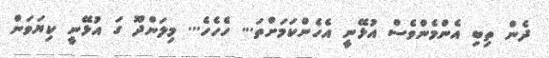
ދެން ތިބި އެންމެންވެސް އުޅޭނީ އެހެންކަމަށްތަ... ހެހެހެ... މިލަންދޫ ގަ އުޅޭނީ ކިޔަވަން